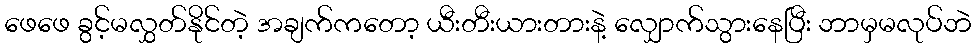
ဖေဖေ ခွင့်မလွှတ်နိုင်တဲ့ အချက်ကတော့ ယီးတီးယားတားနဲ့ လျှောက်သွားနေပြီး ဘာမှမလုပ်ဘဲ